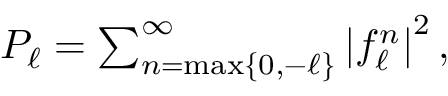
\begin{array} { r } { P _ { \ell } = \sum _ { n = \mathrm { m a x } \{ 0 , - \ell \} } ^ { \infty } \left| f _ { \ell } ^ { n } \right| ^ { 2 } , } \end{array}